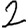
Digit: 2